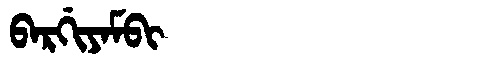
Manchu: ᠪᠠᡵᡤᡳᠶᠠᠮᠪᡳ
Romanization: BARGIYAMBI